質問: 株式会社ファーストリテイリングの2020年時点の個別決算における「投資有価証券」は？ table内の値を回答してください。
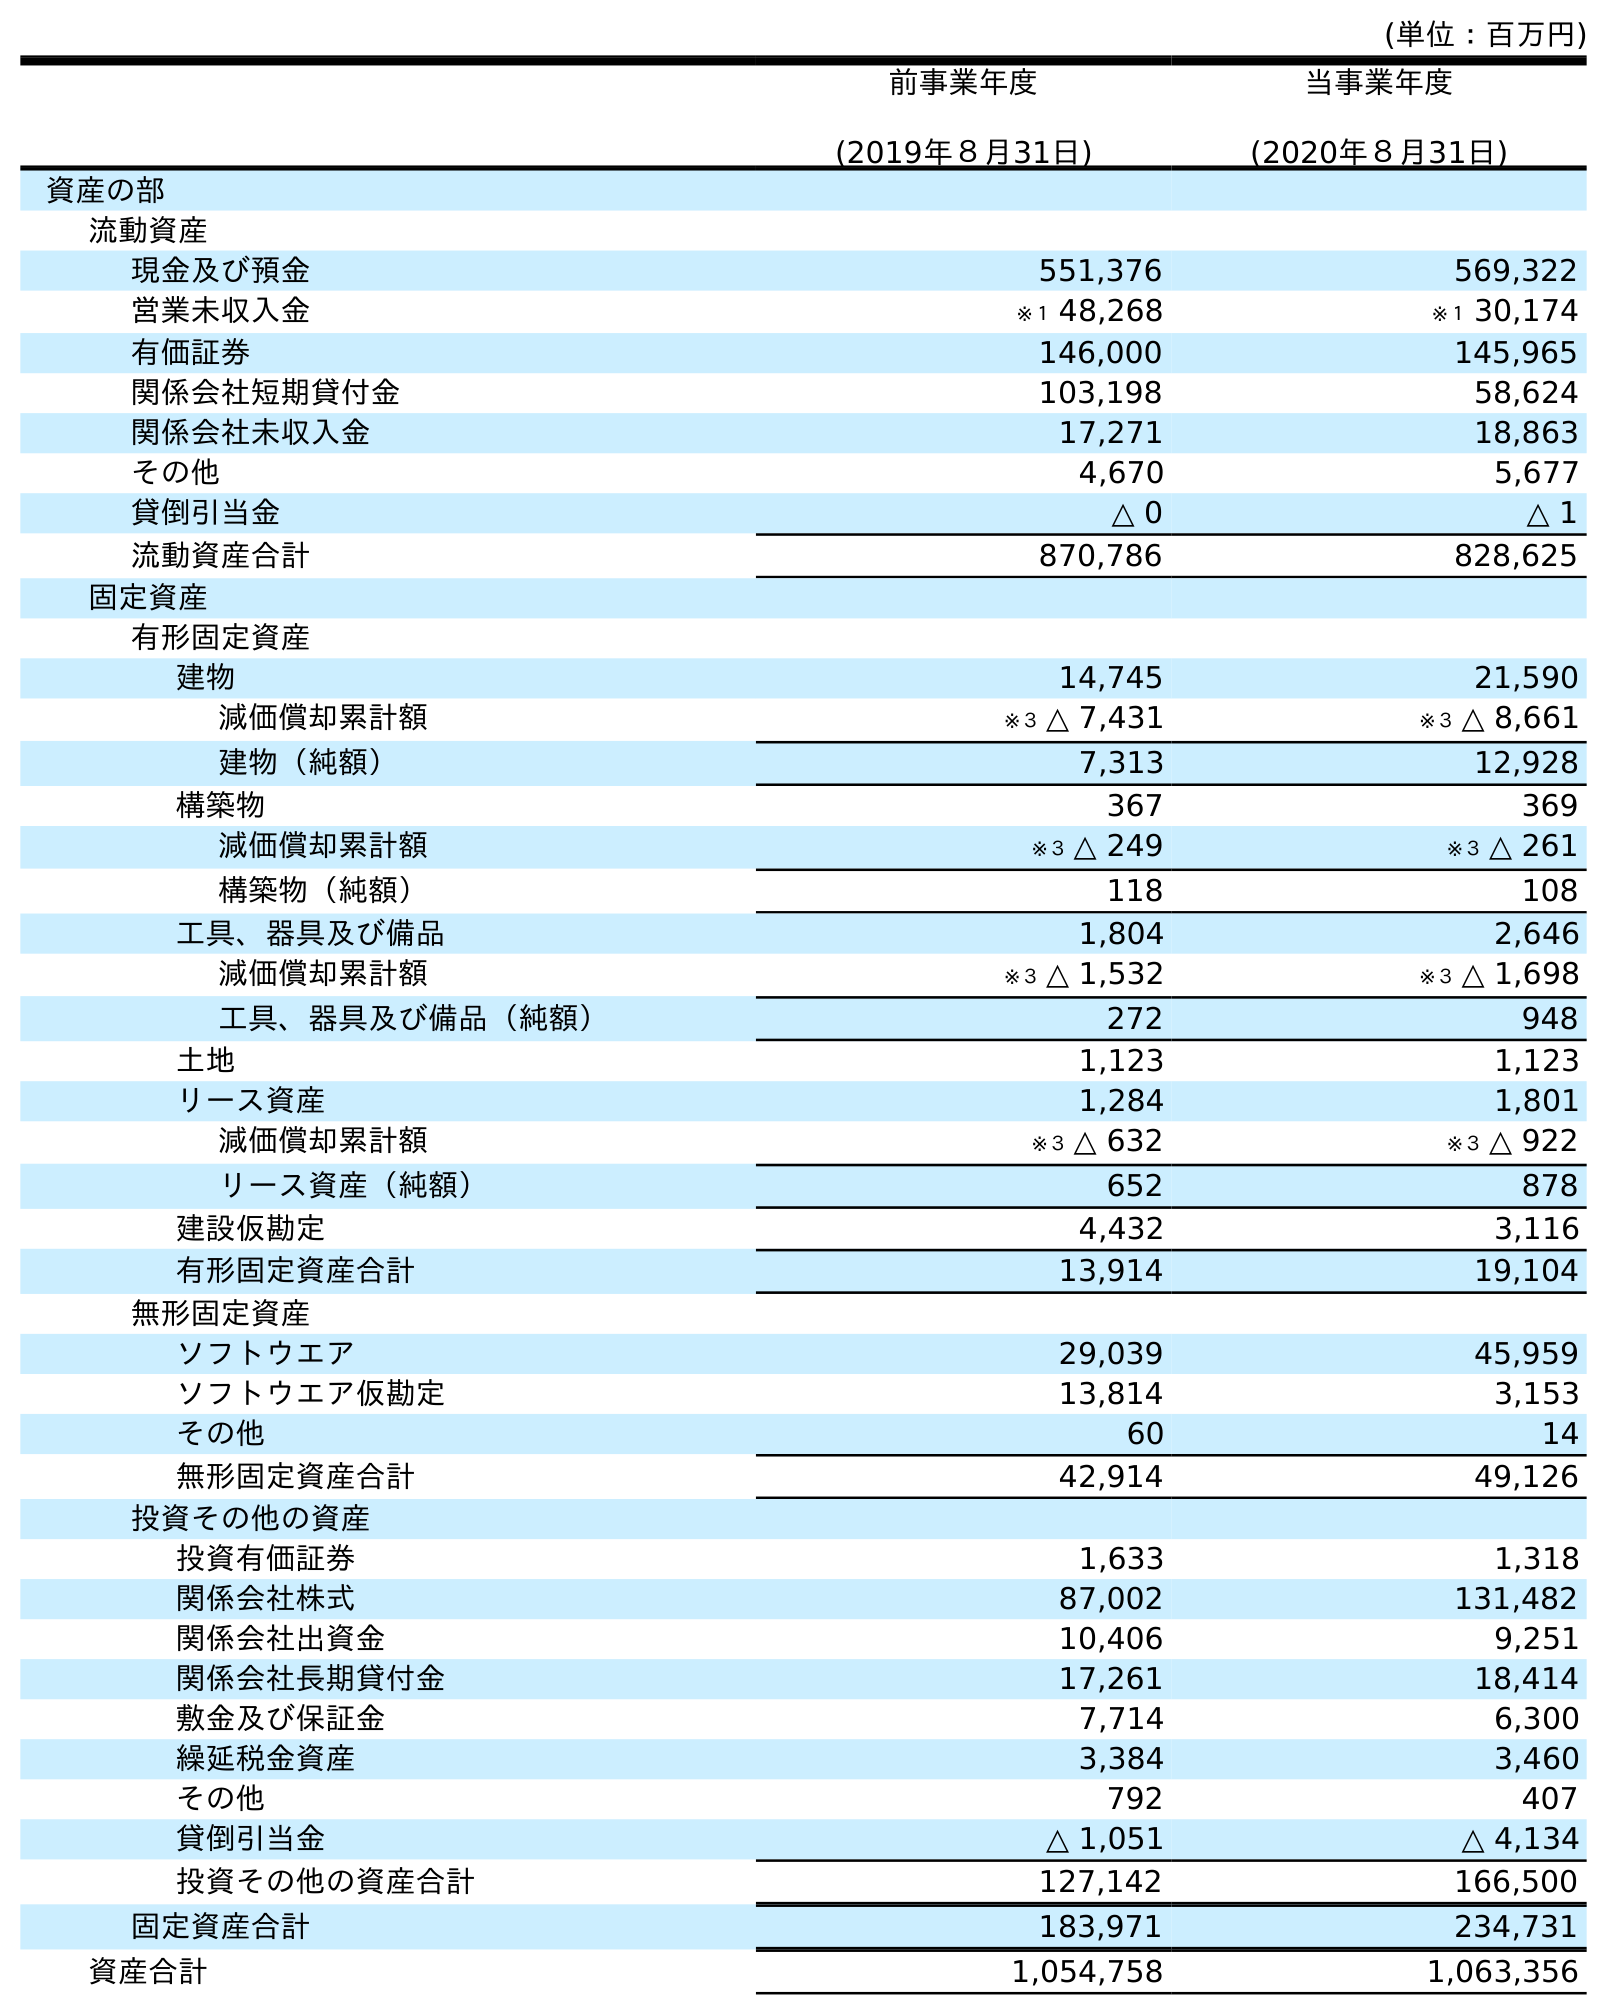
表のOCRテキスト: (単位：百万円) 前事業年度 (2019年８月31日) 当事業年度 (2020年８月31日) 資産の部 流動資産 現金及び預金 551,376 569,322 営業未収入金 ※１ 48,268 ※１ 30,174 有価証券 146,000 145,965 関係会社短期貸付金 103,198 58,624 関係会社未収入金 17,271 18,863 その他 4,670 5,677 貸倒引当金 △ 0 △ 1 流動資産合計 870,786 828,625 固定資産 有形固定資産 建物 14,745 21,590 減価償却累計額 ※３ △ 7,431 ※３ △ 8,661 建物（純額） 7,313 12,928 構築物 367 369 減価償却累計額 ※３ △ 249 ※３ △ 261 構築物（純額） 118 108 工具、器具及び備品 1,804 2,646 減価償却累計額 ※３ △ 1,532 ※３ △ 1,698 工具、器具及び備品（純額） 272 948 土地 1,123 1,123 リース資産 1,284 1,801 減価償却累計額 ※３ △ 632 ※３ △ 922 リース資産（純額） 652 878 建設仮勘定 4,432 3,116 有形固定資産合計 13,914 19,104 無形固定資産 ソフトウエア 29,039 45,959 ソフトウエア仮勘定 13,814 3,153 その他 60 14 無形固定資産合計 42,914 49,126 投資その他の資産 投資有価証券 1,633 1,318 関係会社株式 87,002 131,482 関係会社出資金 10,406 9,251 関係会社長期貸付金 17,261 18,414 敷金及び保証金 7,714 6,300 繰延税金資産 3,384 3,460 その他 792 407 貸倒引当金 △ 1,051 △ 4,134 投資その他の資産合計 127,142 166,500 固定資産合計 183,971 234,731 資産合計 1,054,758 1,063,356
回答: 1,318